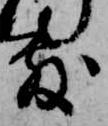
敷